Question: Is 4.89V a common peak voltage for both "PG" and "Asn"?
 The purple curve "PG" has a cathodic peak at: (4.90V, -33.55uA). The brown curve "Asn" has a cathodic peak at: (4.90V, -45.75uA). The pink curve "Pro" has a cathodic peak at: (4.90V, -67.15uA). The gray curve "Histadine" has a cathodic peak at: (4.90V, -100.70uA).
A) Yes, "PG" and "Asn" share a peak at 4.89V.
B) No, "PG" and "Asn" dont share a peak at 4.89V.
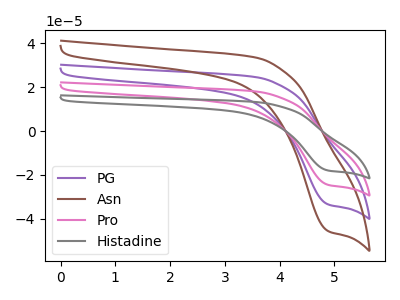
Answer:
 <answer>A) Yes, "PG" and "Asn" share a peak at 4.89V.</answer>
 <eval>A</eval>